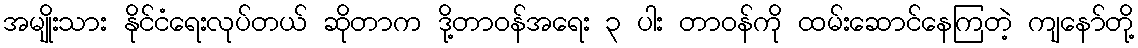
အမျိုးသား နိုင်ငံရေးလုပ်တယ် ဆိုတာက ဒို့တာဝန်အရေး ၃ ပါး တာဝန်ကို ထမ်းဆောင်နေကြတဲ့ ကျနော်တို့